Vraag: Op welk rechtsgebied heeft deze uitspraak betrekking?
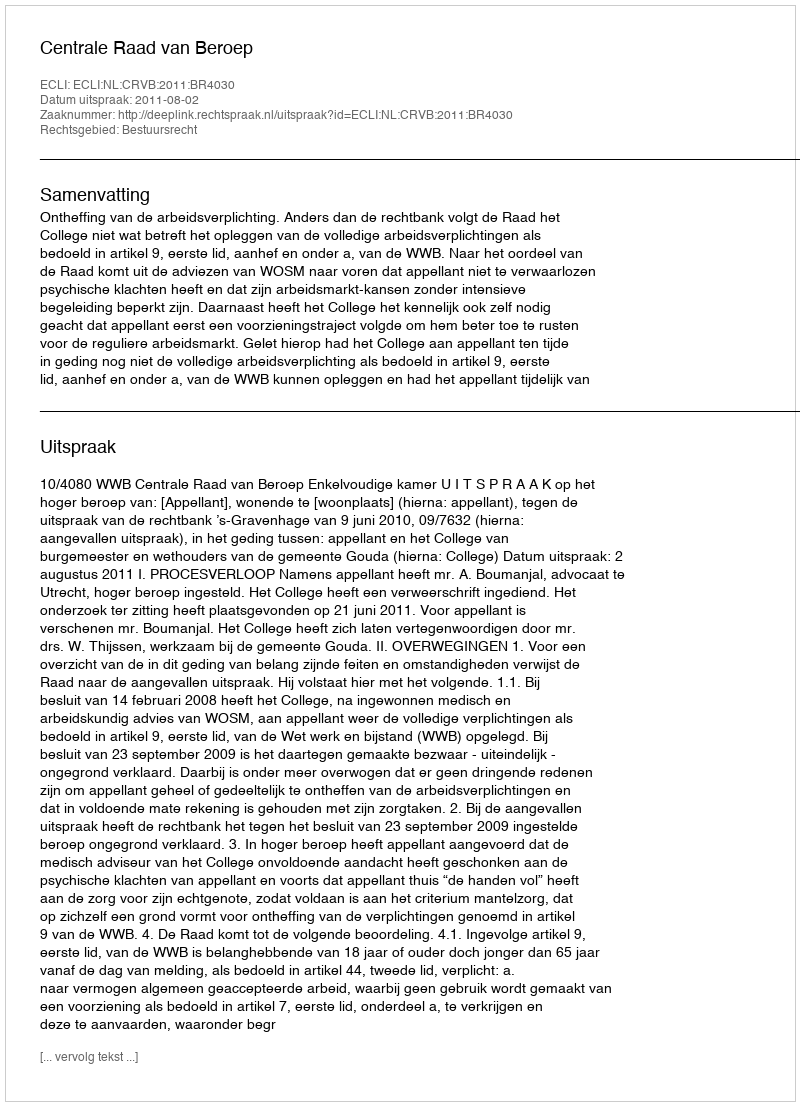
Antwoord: Bestuursrecht